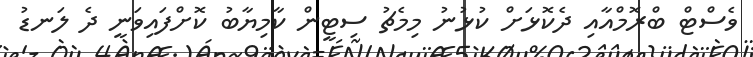
ވެސްޓް ބްރޮމްއާއި ދެކޮޅަށް ކުޅުނު މިމެޗު ސިޓީން ކާމިޔާބު ކޮށްފައިވަނީ ދެ ލަނޑު